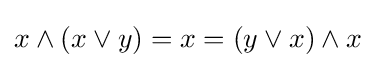
x\wedge (x\vee y)=x=(y\vee x)\wedge x